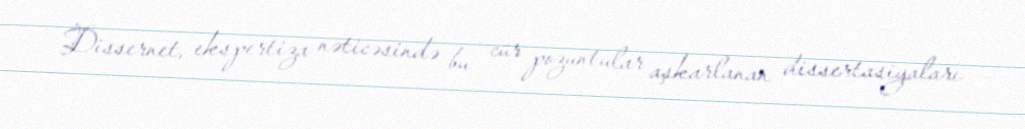
Dissernet, ekspertiza nəticəsində bu cür pozuntular aşkarlanan dissertasiyaları